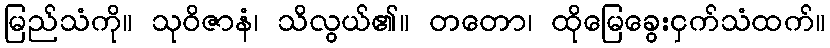
မြည်သံကို။ သုဝိဇာနံ၊ သိလွယ်၏။ တတော၊ ထိုမြေခွေးငှက်သံထက်။